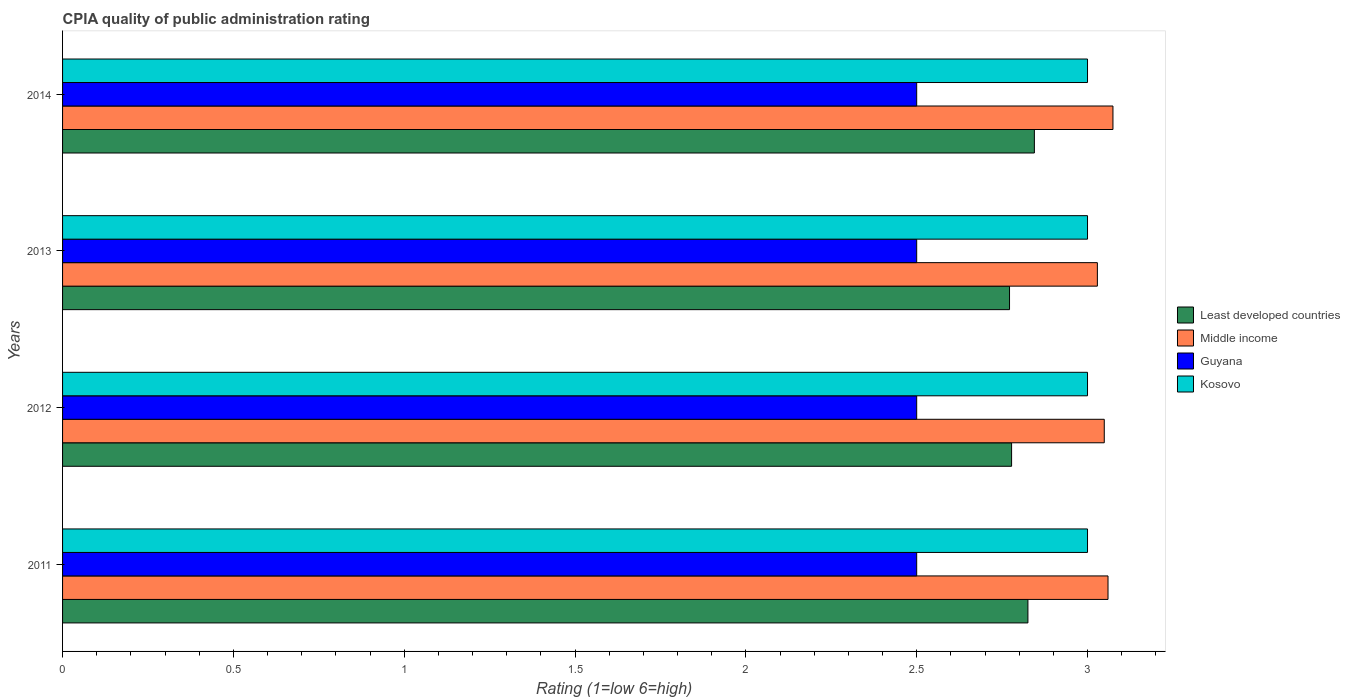
| Years | Least developed countries | Middle income | Guyana | Kosovo |
 | --- | --- | --- | --- | --- |
 | 2011 | 2.83 | 3.06 | 2.5 | 3 |
 | 2012 | 2.78 | 3.05 | 2.5 | 3 |
 | 2013 | 2.77 | 3.03 | 2.5 | 3 |
 | 2014 | 2.84 | 3.07 | 2.5 | 3 |